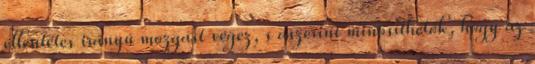
ellentétes irányú mozgást végez, s aszerint minősíthetők, hogy az